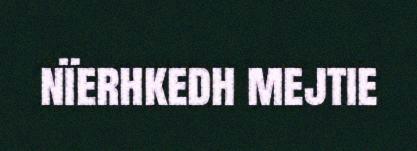
nïerhkedh mejtie